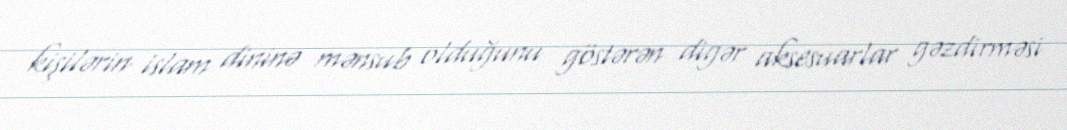
kişilərin islam dininə mənsub olduğunu göstərən digər aksesuarlar gəzdirməsi